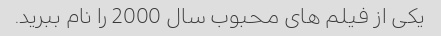
یکی از فیلم های محبوب سال 2000 را نام ببرید.